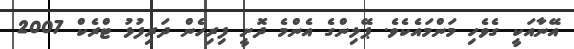
އޭނާއަކީ ގެވެހި މަންމައެކެވެ. ޕޭލިންގެ އެންމެ ދޮށީ ފިރިހެން ދަރިފުޅު ޓްރެކް 2007